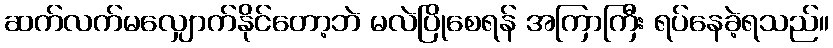
ဆက်လက်မလျှောက်နိုင်တော့ဘဲ မလဲပြိုစေရန် အကြာကြီး ရပ်နေခဲ့ရသည်။